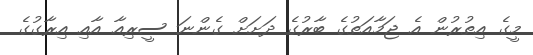
މީގެ އިތުރުން އެ ޖަމާއަތުގެ ބާރުގެ ދަށަށް ގެންނަ ސީރިއާ އާއި އިރާގުގެ